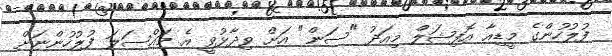
ފުލުހުންގެ މީޑިއާ އޮފިޝަލް މިއަދު "ސަން" އަށް ވިދާޅުވީ އެ މައްސަލަ ފުލުހުންނަށް